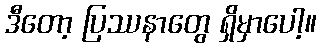
ဒီတော့ ပြဿနာတွေ ရှိမှာပေါ့။